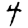
Digit: 4